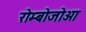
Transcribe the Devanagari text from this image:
रोम्बोजोआ